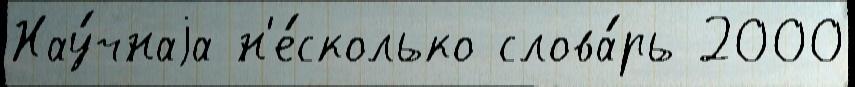
Нау́чнаjа н'е́сколько слова́рь 2000